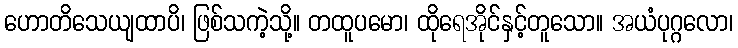
ဟောတိသေယျထာပိ၊ ဖြစ်သကဲ့သို့။ တထူပမော၊ ထိုရေအိုင်နှင့်တူသော။ အယံပုဂ္ဂလော၊